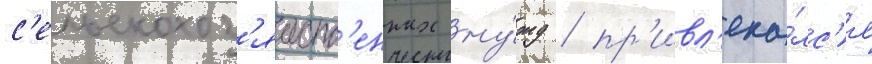
с'ельскохоз'яиств'енных ну́жд / пр'ивл'ека́лс'я